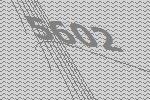
5602